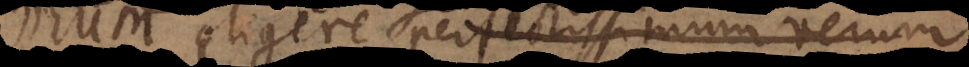
libere eligere perfectissimum. Primum